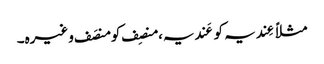
مثلاً عِندیہ کو عَندیہ، منصِف کو منصَف وغیرہ۔